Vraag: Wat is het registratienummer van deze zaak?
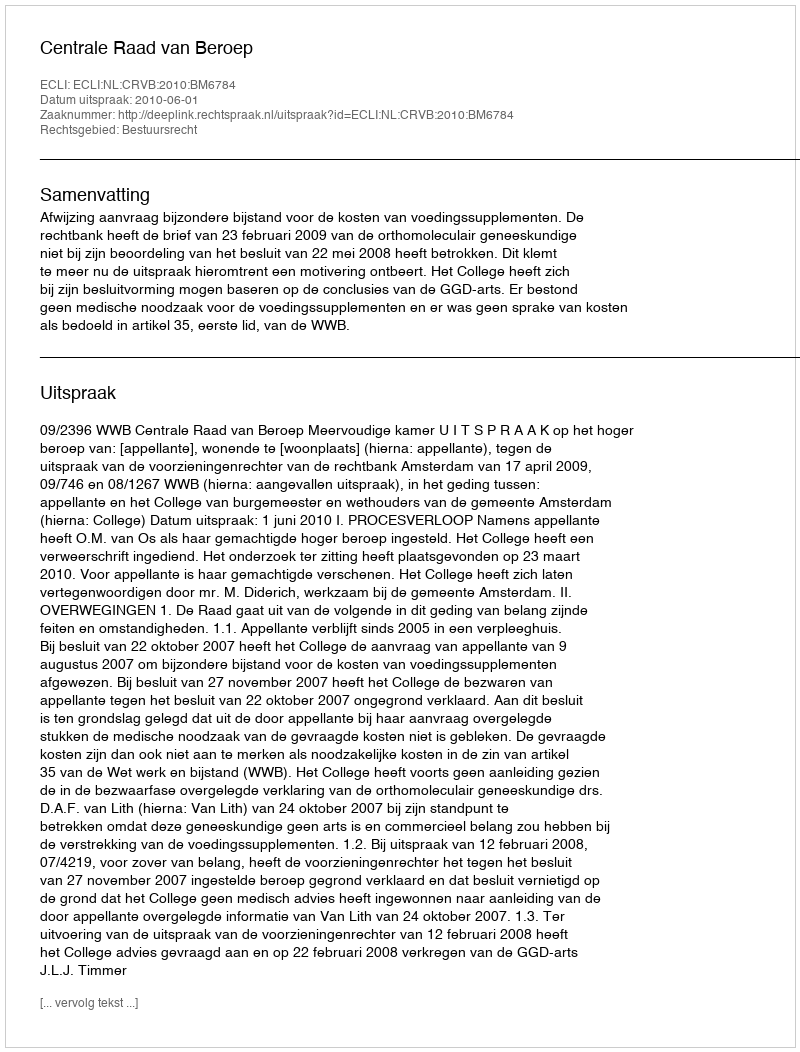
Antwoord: http://deeplink.rechtspraak.nl/uitspraak?id=ECLI:NL:CRVB:2010:BM6784